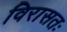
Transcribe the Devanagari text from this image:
विरासतः